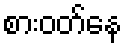
စားဝတ်နေ